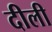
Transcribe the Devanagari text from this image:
दीली